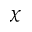
\chi